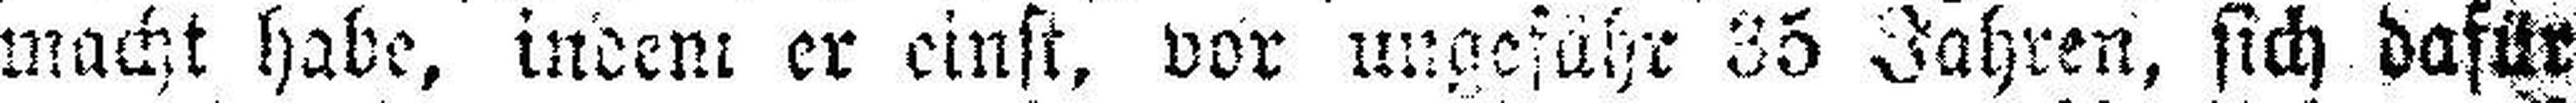
macht habe, indem er einst, vor ungefähr 35 Jahren, sich dafür